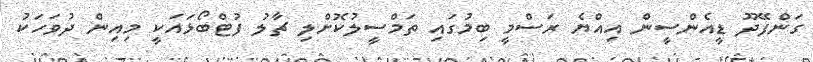
ގަންފޭދޫ ޑީއެންސީން އިއްޔެ ރަސްމީ ބިމުގައި ތަމްސީލުކޮށްލި ޗާލު ފުޓްބޯޅައަކީ މިއިން ދުވަހަކު